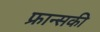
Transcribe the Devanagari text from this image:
फ्रान्सकी